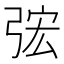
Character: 𭚴